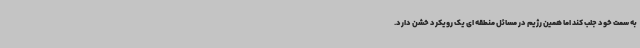
به سمت خود جلب کند اما همین رژیم در مسائل منطقه ای یک رویکرد خشن دارد.